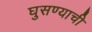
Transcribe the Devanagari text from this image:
घुसण्याची